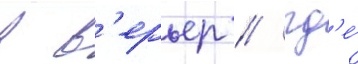
в в'ерьер / гд'е́